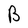
Character: B